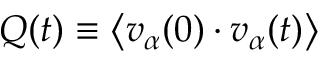
Q ( t ) \equiv \bigl \langle \v { v } _ { \alpha } ( 0 ) \cdot \v { v } _ { \alpha } ( t ) \bigr \rangle